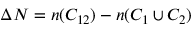
\Delta N = n ( C _ { 1 2 } ) - n ( C _ { 1 } \cup C _ { 2 } )